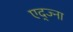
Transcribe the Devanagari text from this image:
एद्ज्ना